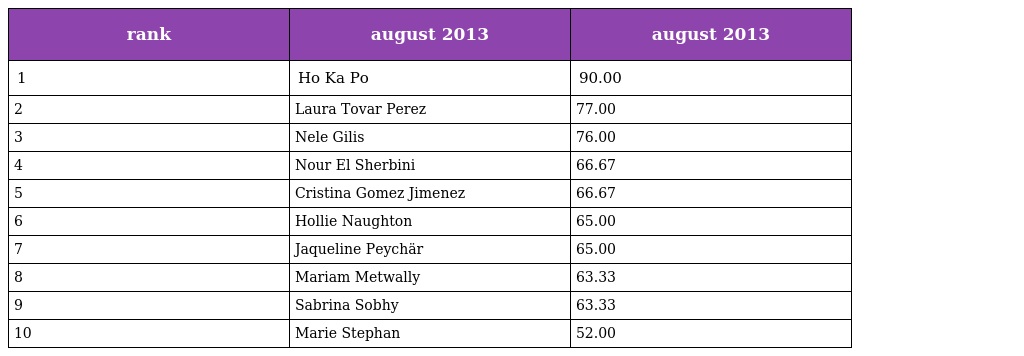
| rank | august 2013 | august 2013 |
 | --- | --- | --- |
 | 1 | Ho Ka Po | 90.00 |
 | 2 | Laura Tovar Perez | 77.00 |
 | 3 | Nele Gilis | 76.00 |
 | 4 | Nour El Sherbini | 66.67 |
 | 5 | Cristina Gomez Jimenez | 66.67 |
 | 6 | Hollie Naughton | 65.00 |
 | 7 | Jaqueline Peychär | 65.00 |
 | 8 | Mariam Metwally | 63.33 |
 | 9 | Sabrina Sobhy | 63.33 |
 | 10 | Marie Stephan | 52.00 |